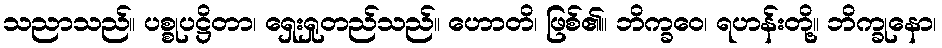
သညာသည်။ ပစ္စုပဋ္ဌိတာ၊ ရှေးရှုတည်သည်။ ဟောတိ၊ ဖြစ်၏။ ဘိက္ခဝေ၊ ရဟန်းတို့။ ဘိက္ခုနော၊